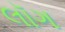
લૉગ